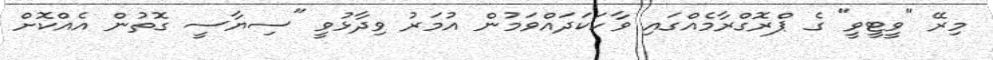
މިރޭ "ވީޓީވީ" ގެ ޕްރޮގްރާމެއްގައި ވާހަކަދައްވަމުން އުމަރު ވިދާޅުވީ "ސިޔާސީ ގޮތުން އެއްކޮށް